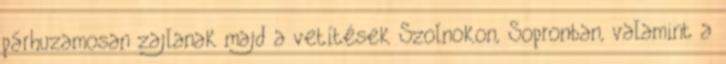
párhuzamosan zajlanak majd a vetítések Szolnokon, Sopronban, valamint a